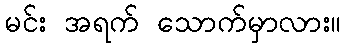
မင်း အရက် သောက်မှာလား။